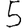
Digit: 5